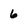
Character: 6